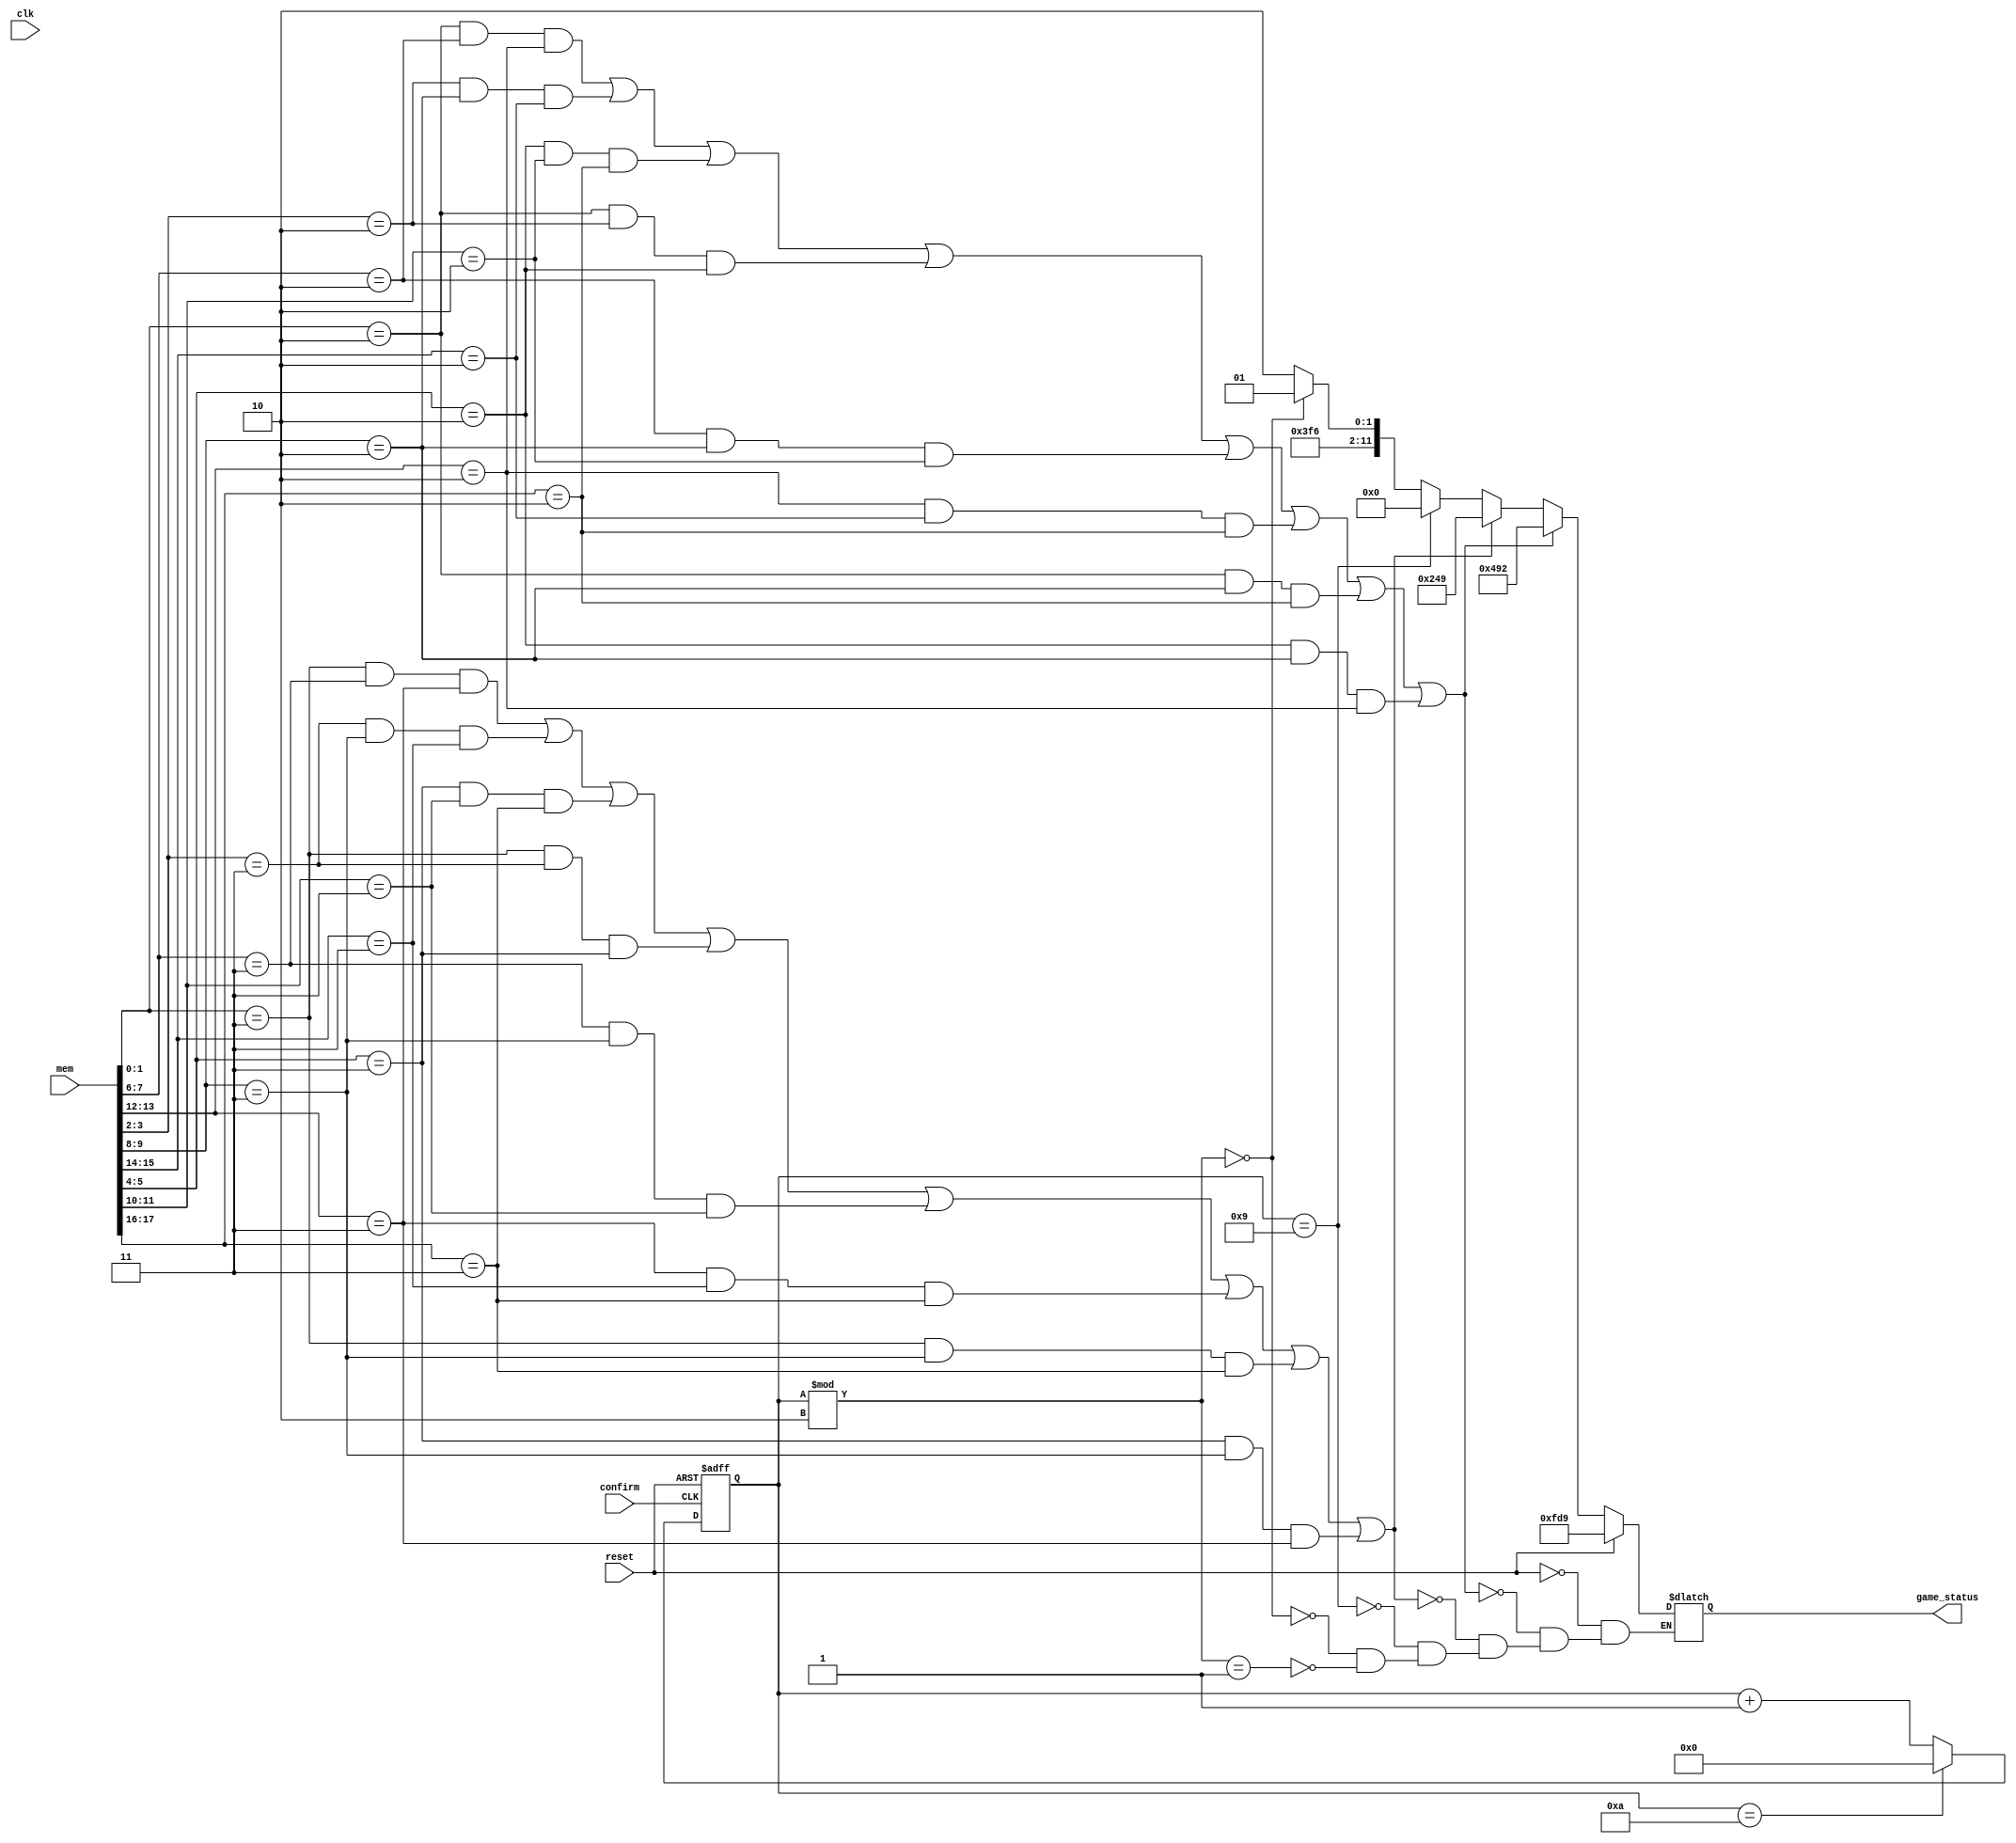
`timescale 1ns / 1ps
module checker_board(clk, reset, mem, game_status, confirm);
  input clk;
  input confirm;
  input reset;
  input [31:0]mem;
  wire [1:0]mem_array[0:15];
  output reg [11:0]game_status;
  reg [3:0]counter;
  reg [2:0]counter_p1;
  reg [2:0]counter_p2;
  reg [3:0] turncounter;

  assign {mem_array[15],mem_array[14],mem_array[13],mem_array[12],mem_array[11],mem_array[10],mem_array[9],mem_array[8],mem_array[7],mem_array[6],mem_array[5],mem_array[4],mem_array[3],mem_array[2],mem_array[1],mem_array[0]}=mem;

	
  always @ (posedge clk) begin
    for(counter = 0; counter < 4'b1001; counter = counter+1) begin
      if(mem_array[counter]==2'b11)begin
        counter_p1<=counter_p1+1;
      end 
      else if(mem_array[counter]==2'b10)begin
        counter_p2<=counter_p2+1;
      end
    end
    if (reset) begin
      counter_p1 <= 0;
      counter_p2 <=0;
    end
  end
	 
  always @(posedge confirm or posedge reset) begin
    if (reset) begin
      turncounter = 0;
    end
    else if (turncounter == 10) begin
      turncounter = 0;
    end
    else begin
      turncounter = turncounter + 1;
    end
  end
	 
  always @(*) begin 
    if (reset) begin
      game_status<=12'b111111011001;
    end 
    else if (mem_array[0]==2'b10 && mem_array[3]==2'b10 && mem_array[6]==2'b10 || mem_array[1]==2'b10 && mem_array[4]==2'b10 && mem_array[7]==2'b10 || mem_array[2]==2'b10 && mem_array[5]==2'b10 && mem_array[8]==2'b10 || mem_array[0]==2'b10 && mem_array[1]==2'b10 && mem_array[2]==2'b10 || mem_array[3]==2'b10 && mem_array[4]==2'b10 && mem_array[5]==2'b10 || mem_array[6]==2'b10 && mem_array[7]==2'b10 && mem_array[8]==2'b10 || mem_array[0]==2'b10 && mem_array[4]==2'b10 && mem_array[8]==2'b10 || mem_array[2]==2'b10 && mem_array[4]==2'b10 && mem_array[6]==2'b10)begin
      game_status<=12'b010010010010;
      //Player 1 wins
    end 
    else if(mem_array[0]==2'b11 && mem_array[3]==2'b11 && mem_array[6]==2'b11 || mem_array[1]==2'b11 && mem_array[4]==2'b11 && mem_array[7]==2'b11 || mem_array[2]==2'b11 && mem_array[5]==2'b11 && mem_array[8]==2'b11 || mem_array[0]==2'b11 && mem_array[1]==2'b11 && mem_array[2]==2'b11 || mem_array[3]==2'b11 && mem_array[4]==2'b11 && mem_array[5]==2'b11 || mem_array[6]==2'b11 && mem_array[7]==2'b11 && mem_array[8]==2'b11 || mem_array[0]==2'b11 && mem_array[4]==2'b11 && mem_array[8]==2'b11 || mem_array[2]==2'b11 && mem_array[4]==2'b11 && mem_array[6]==2'b11) begin
      game_status<=12'b001001001001;
      //Player 2 wins
    end 
    else if (turncounter == 9) begin
      game_status<=12'b000000000000;		
      //Draw
    end
    else if (turncounter %2 == 0)begin
      game_status<=12'b111111011001;
      //Player 1 turn
    end 
    else if (turncounter%2 == 1) begin
      game_status<=12'b111111011010;
      //Player 2 turn
    end
  end
endmodule